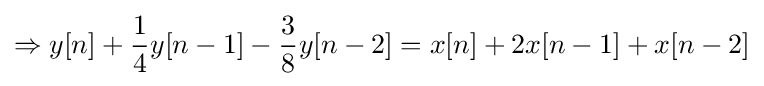
\Rightarrow y[n]+{\frac {1}{4}}y[n-1]-{\frac {3}{8}}y[n-2]=x[n]+2x[n-1]+x[n-2]